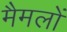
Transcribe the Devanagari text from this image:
मैमलों